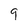
Character: 9